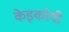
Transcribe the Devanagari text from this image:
केइकोगी